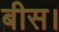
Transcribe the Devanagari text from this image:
बीस।